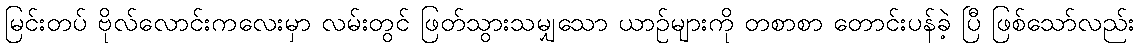
မြင်းတပ် ဗိုလ်လောင်းကလေးမှာ လမ်းတွင် ဖြတ်သွားသမျှသော ယာဉ်များကို တစာစာ တောင်းပန်ခဲ့ ပြီ ဖြစ်သော်လည်း